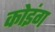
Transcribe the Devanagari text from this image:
कोइंग